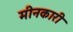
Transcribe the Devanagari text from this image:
मीनकारी